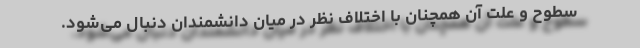
سطوح و علت آن همچنان با اختلاف نظر در میان دانشمندان دنبال می‌شود.